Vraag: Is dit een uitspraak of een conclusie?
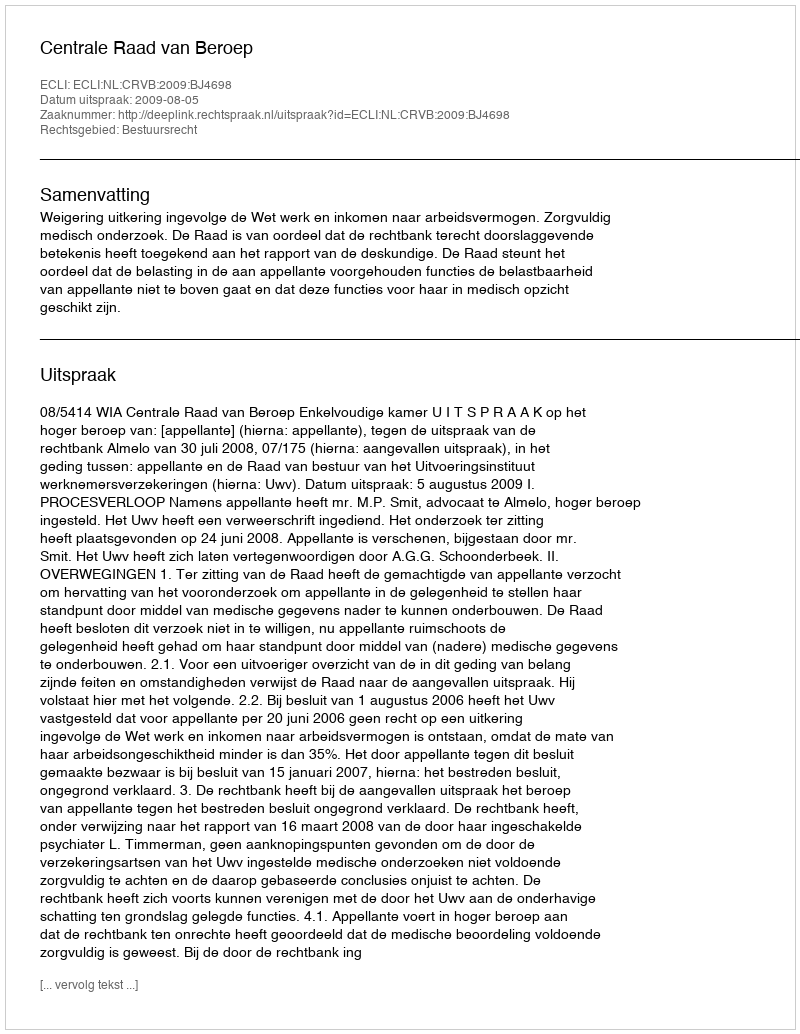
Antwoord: Uitspraak